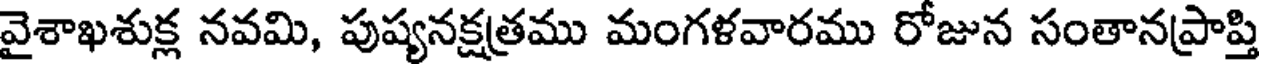
వైశాఖశుక్ల నవమి, పుష్యనక్షత్రము మంగళవారము రోజున సంతానప్రాప్తి